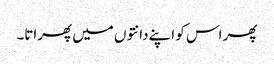
پھر اس کو اپنے دانتوں میں پھراتا۔